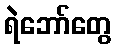
ရဲဘော်တွေ